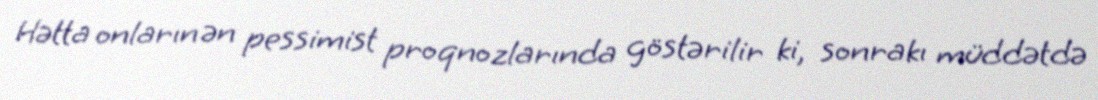
Hətta onların ən pessimist proqnozlarında göstərilir ki, sonrakı müddətdə